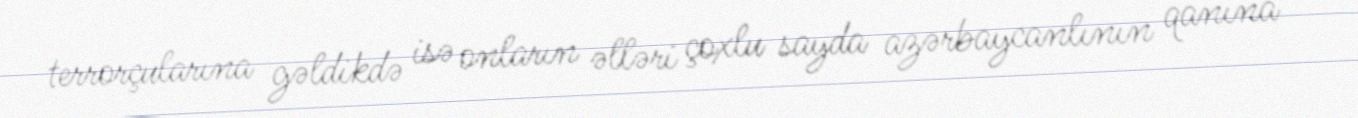
terrorçularına gəldikdə isə onların əlləri çoxlu sayda azərbaycanlının qanına